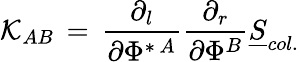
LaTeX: \mathcal{K}_{AB}\, =\, {\frac{{\partial_{l}}}{{\partial\Phi^{\ast\, A}}}}{\frac{{\partial_{r}}}{{\partial\Phi^{B}}}}{\underline{{{S}}}}_{col.}